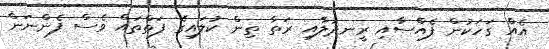
އެއް ގަހަކުން ފެއްސާއި ރީނދުލާއި ރަތާ ތިން ކުލައިގެ ފަތްތައް ވެސް ފެންނަން